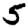
Digit: 5